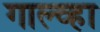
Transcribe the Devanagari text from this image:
गाल्व्हा